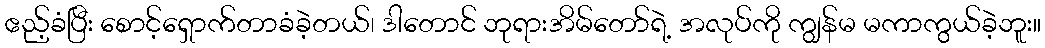
ဧည့်ခံပြီး စောင့်ရှောက်တာခံခဲ့တယ်၊ ဒါတောင် ဘုရားအိမ်တော်ရဲ့ အလုပ်ကို ကျွန်မ မကာကွယ်ခဲ့ဘူး။